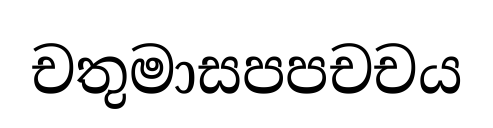
චතුමාසපපචචය